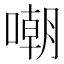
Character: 嘲